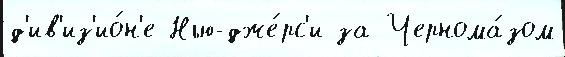
д'ив'из'ио́н'е Нью-дже́рс'и за Чернома́зом